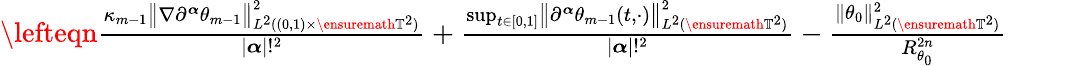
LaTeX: \begin{array}{rl}{\lefteqn{\frac{\kappa_{m-1}\bigl\| \nabla\partial^{\boldsymbol{\alpha}}\theta_{m-1}\bigr\| _{L^{2}((0,1)\times\ensuremath{\mathbb{T}}^{2})}^{2}}{|{\boldsymbol{\alpha}}|!^{2}}+\frac{\operatorname*{sup}_{t\in[0,1]}\bigl\| \partial^{\boldsymbol{\alpha}}\theta_{m-1}(t,\cdot)\bigr\| _{L^{2}(\ensuremath{\mathbb{T}}^{2})}^{2}}{|{\boldsymbol{\alpha}}|!^{2}}-\frac{\| \theta_{0}\| _{L^{2}(\ensuremath{\mathbb{T}}^{2})}^{2}}{R_{\theta_{0}}^{2n}}}\qquad}&{{}}\end{array}